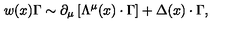
w ( x ) \Gamma \sim \partial _ { \mu } \left[ \Lambda ^ { \mu } ( x ) \cdot \Gamma \right] + \Delta ( x ) \cdot \Gamma ,